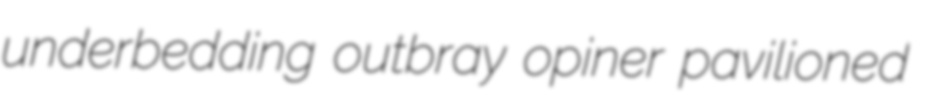
underbedding outbray opiner pavilioned